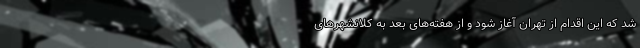
شد که این اقدام از تهران آغاز شود و از هفته‌های بعد به کلانشهرهای